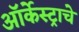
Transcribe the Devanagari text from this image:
ऑर्केस्ट्राचे